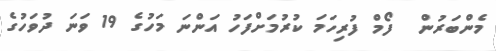
މެންބަރުން  ފޯމް ފުރިހަމަ ކުރުމަށްފަހު އަންނަ މަހުގެ 19 ވަނަ ދުވަހުގެ